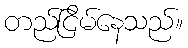
တည်ငြိမ်နေသည်။